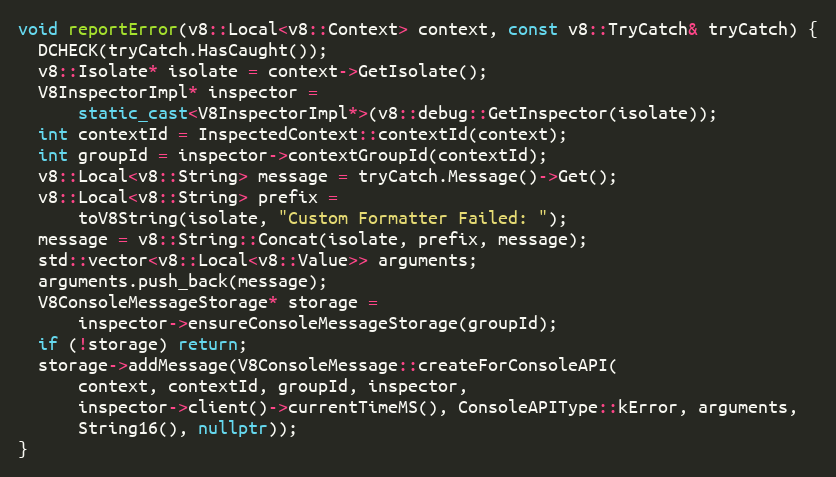
Language: C++
void reportError(v8::Local<v8::Context> context, const v8::TryCatch& tryCatch) {
  DCHECK(tryCatch.HasCaught());
  v8::Isolate* isolate = context->GetIsolate();
  V8InspectorImpl* inspector =
      static_cast<V8InspectorImpl*>(v8::debug::GetInspector(isolate));
  int contextId = InspectedContext::contextId(context);
  int groupId = inspector->contextGroupId(contextId);
  v8::Local<v8::String> message = tryCatch.Message()->Get();
  v8::Local<v8::String> prefix =
      toV8String(isolate, "Custom Formatter Failed: ");
  message = v8::String::Concat(isolate, prefix, message);
  std::vector<v8::Local<v8::Value>> arguments;
  arguments.push_back(message);
  V8ConsoleMessageStorage* storage =
      inspector->ensureConsoleMessageStorage(groupId);
  if (!storage) return;
  storage->addMessage(V8ConsoleMessage::createForConsoleAPI(
      context, contextId, groupId, inspector,
      inspector->client()->currentTimeMS(), ConsoleAPIType::kError, arguments,
      String16(), nullptr));
}